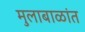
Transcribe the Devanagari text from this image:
मुलाबाळांत